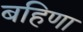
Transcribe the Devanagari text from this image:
बहिणा